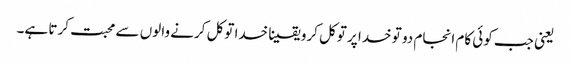
‌ یعنی جب کوئی کام انجام دو تو خدا پر توکل کرو یقینا خدا توکل کرنے والوں سے محبت کرتا ہے۔